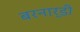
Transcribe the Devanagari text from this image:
बरनार्डी